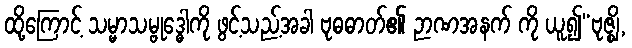
ထို့ကြောင့် သမ္မာသမ္ဗုဒ္ဓေါကို ဖွင့်သည့်အခါ ဗုဓဓာတ်၏ ဉာဏအနက် ကို ယူ၍“ဗုဇ္ဈိ,